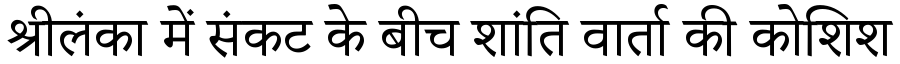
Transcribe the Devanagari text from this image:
श्रीलंका में संकट के बीच शांति वार्ता की कोशिश